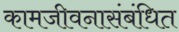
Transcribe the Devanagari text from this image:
कामजीवनासंबंधित